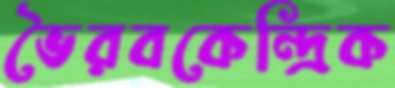
ভৈরবকেন্দ্রিক